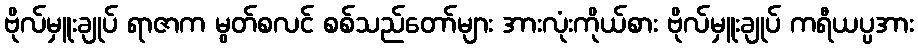
ဗိုလ်မှူးချုပ် ရာဇာက မွတ်စလင် စစ်သည်တော်များ အားလုံးကိုယ်စား ဗိုလ်မှူးချုပ် ကရီယပ္ပအား